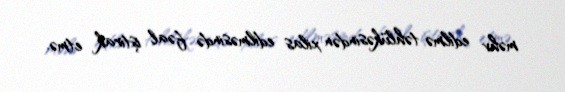
məhv edilmə təhlükəsindən xilas edilməsində fəal iştirak etmə.